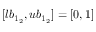
[ l b _ { 1 _ { 2 } } , u b _ { 1 _ { 2 } } ] = [ 0 , 1 ]